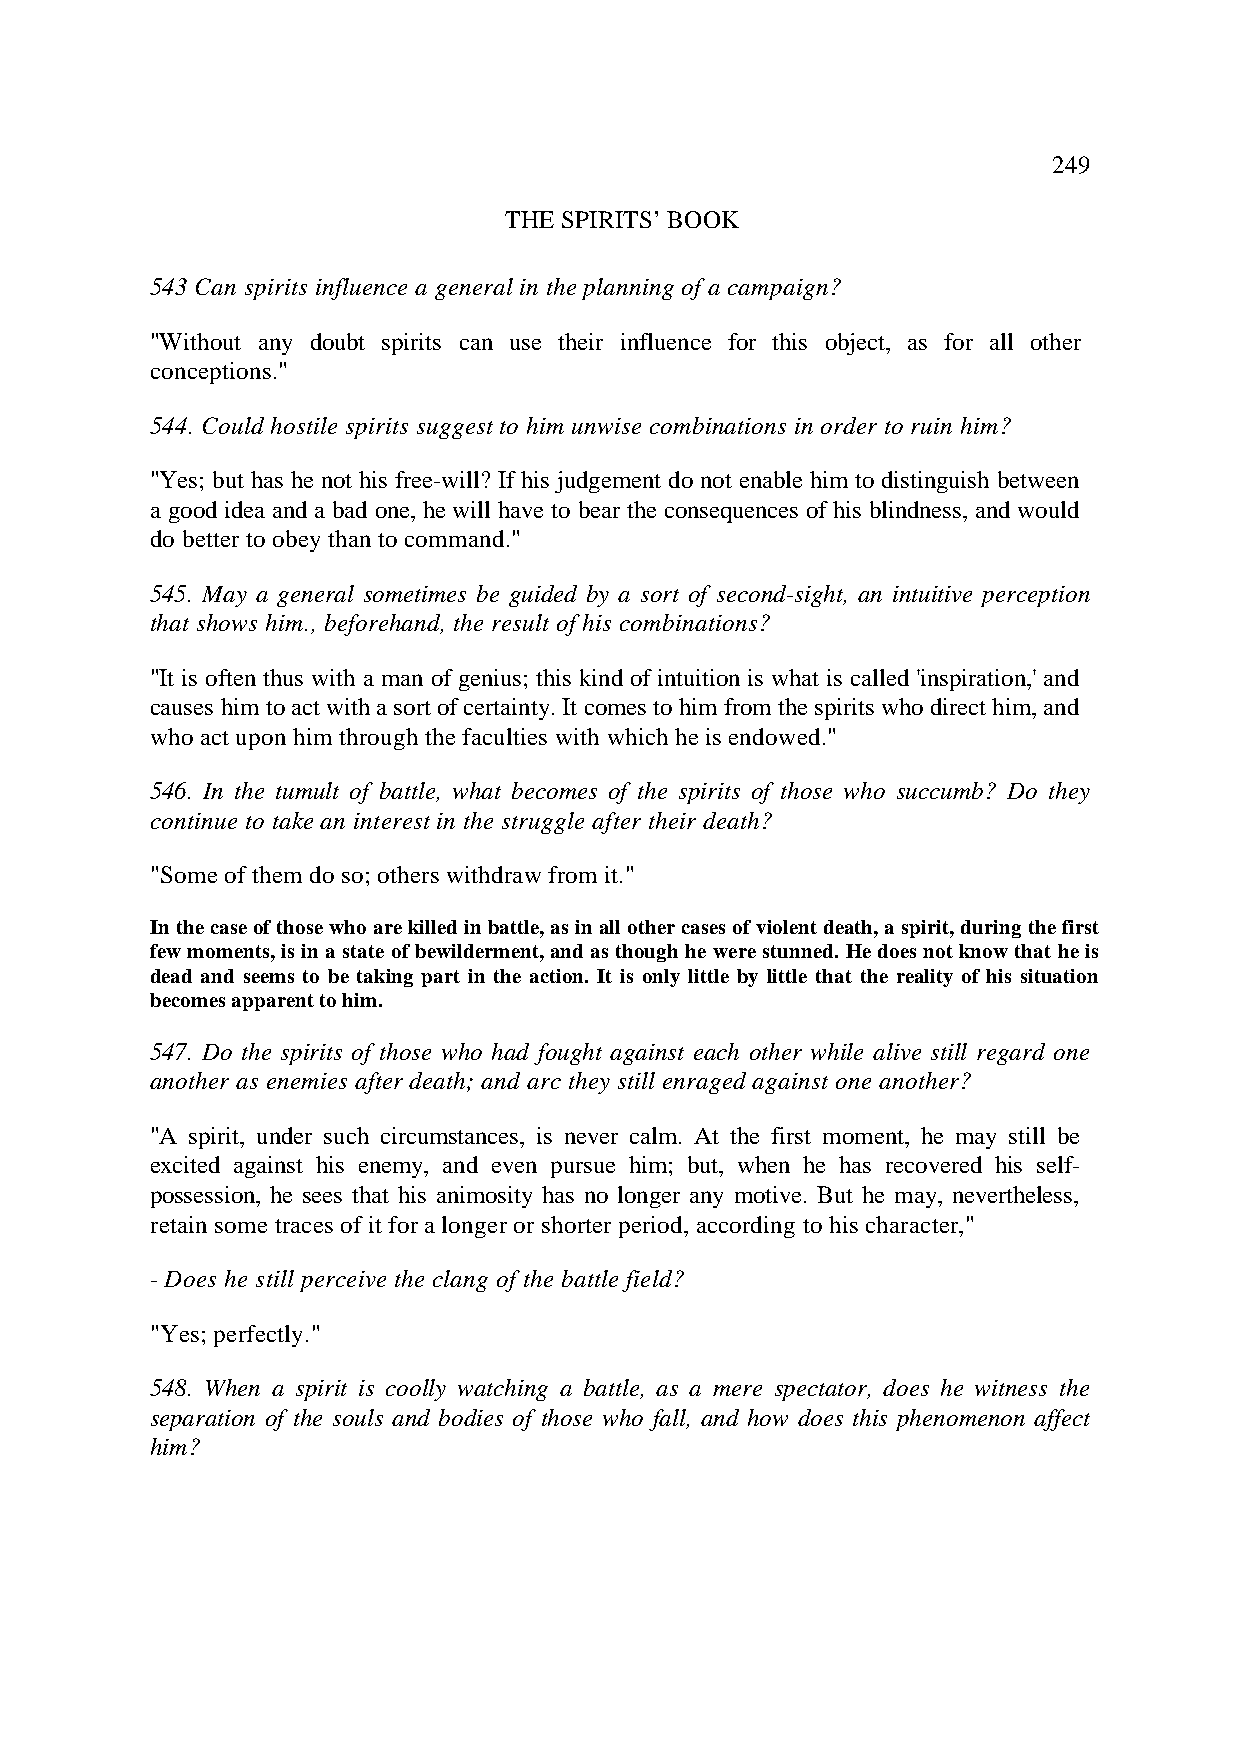
249
 THE SPIRITS’ BOOK
 543 Can spirits influence a general in the planning of a campaign?
 "Without any doubt spirits can use their influence for this object, as for all other
 conceptions."
 544. Could hostile spirits suggest to him unwise combinations in order to ruin him?
 "Yes; but has he not his free-will? If his judgement do not enable him to distinguish between
 a good idea and a bad one, he will have to bear the consequences of his blindness, and would
 do better to obey than to command."
 545. May a general sometimes be guided by a sort of second-sight, an intuitive perception
 that shows him., beforehand, the result of his combinations?
 "It is often thus with a man of genius; this kind of intuition is what is called 'inspiration,' and
 causes him to act with a sort of certainty. It comes to him from the spirits who direct him, and
 who act upon him through the faculties with which he is endowed."
 546. In the tumult of battle, what becomes of the spirits of those who succumb? Do they
 continue to take an interest in the struggle after their death?
 "Some of them do so; others withdraw from it."
 In the case of those who are killed in battle, as in all other cases of violent death, a spirit, during the first
 few moments, is in a state of bewilderment, and as though he were stunned. He does not know that he is
 dead and seems to be taking part in the action. It is only little by little that the reality of his situation
 becomes apparent to him.
 547. Do the spirits of those who had fought against each other while alive still regard one
 another as enemies after death; and arc they still enraged against one another?
 "A spirit, under such circumstances, is never calm. At the first moment, he may still be
 excited against his enemy, and even pursue him; but, when he has recovered his self-
 possession, he sees that his animosity has no longer any motive. But he may, nevertheless,
 retain some traces of it for a longer or shorter period, according to his character,"
 - Does he still perceive the clang of the battle field?
 "Yes; perfectly."
 548. When a spirit is coolly watching a battle, as a mere spectator, does he witness the
 separation of the souls and bodies of those who fall, and how does this phenomenon affect
 him?